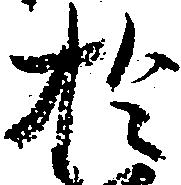
於